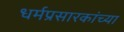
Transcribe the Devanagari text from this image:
धर्मप्रसारकांच्या